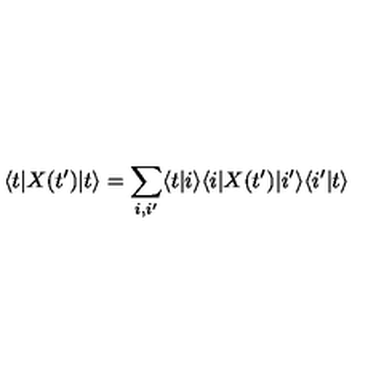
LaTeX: \langle t | X ( t ^ { \prime } ) | t \rangle = \sum _ { i , i ^ { \prime } } \langle t | i \rangle \langle i | X ( t ^ { \prime } ) | i ^ { \prime } \rangle \langle i ^ { \prime } | t \rangle